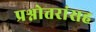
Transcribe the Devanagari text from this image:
प्रश्नोत्तरांसह